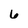
Character: 6